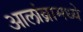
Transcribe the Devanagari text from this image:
आलांब्रामध्ये